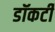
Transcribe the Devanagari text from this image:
डॉकर्टी